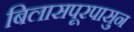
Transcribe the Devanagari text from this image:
बिलासपूरपासुन